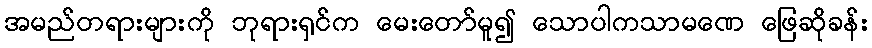
အမည်တရားများကို ဘုရားရှင်က မေးတော်မူ၍ သောပါကသာမဏေ ဖြေဆိုခန်း